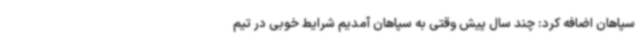
سپاهان اضافه کرد: چند سال پیش وقتی به سپاهان آمدیم شرایط خوبی در تیم